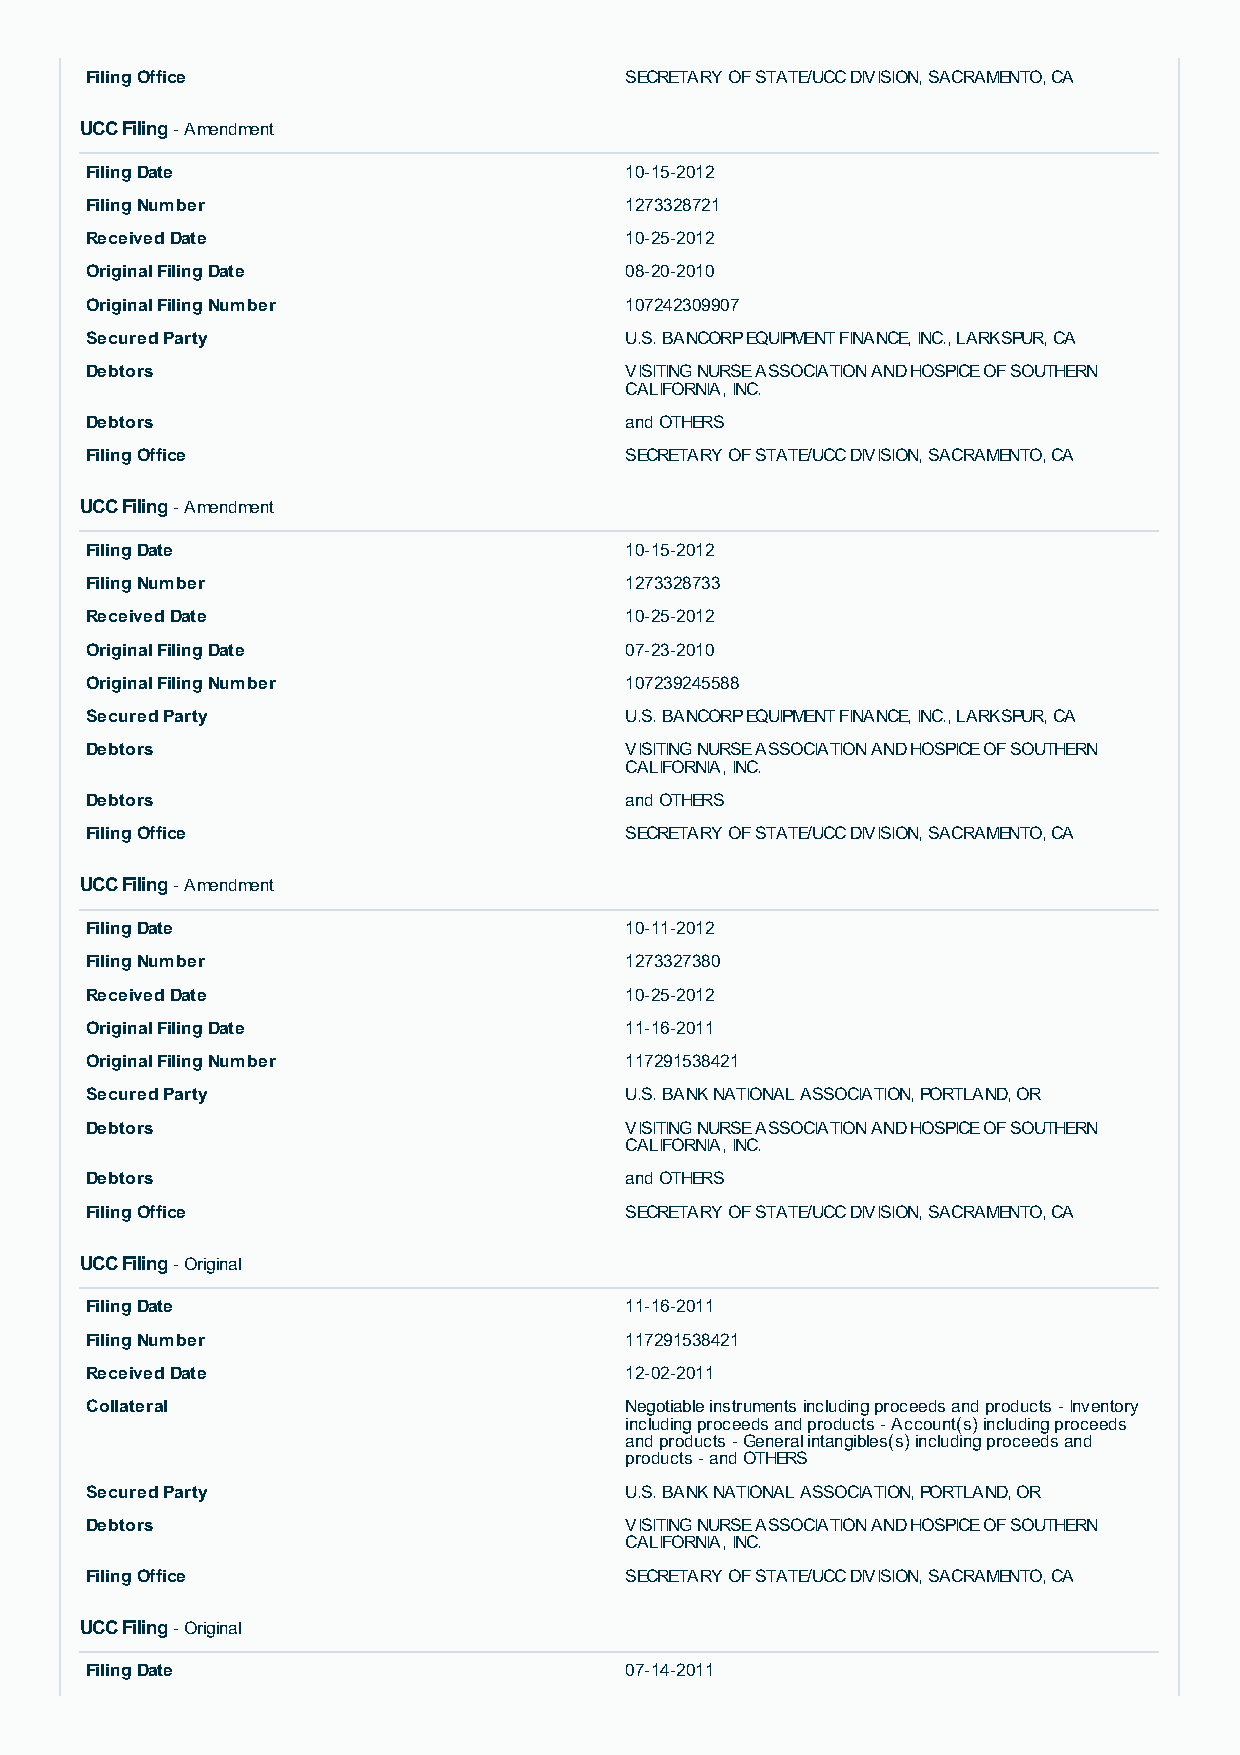
Filing Office                      SECRETARY OF STATE/UCC DIVISION, SACRAMENTO, CA
 UCC Filing - Amendment
 Filing Date                        10-15-2012
 Filing Number                      1273328721
 Received Date                      10-25-2012
 Original Filing Date               08-20-2010
 Original Filing Number             107242309907
 Secured Party                      U.S. BANCORP EQUIPMENT FINANCE, INC., LARKSPUR, CA
 Debtors                            VISITING NURSE ASSOCIATION AND HOSPICE OF SOUTHERN
 CALIFORNIA, INC.
 Debtors                            and OTHERS
 Filing Office                      SECRETARY OF STATE/UCC DIVISION, SACRAMENTO, CA
 UCC Filing - Amendment
 Filing Date                        10-15-2012
 Filing Number                      1273328733
 Received Date                      10-25-2012
 Original Filing Date               07-23-2010
 Original Filing Number             107239245588
 Secured Party                      U.S. BANCORP EQUIPMENT FINANCE, INC., LARKSPUR, CA
 Debtors                            VISITING NURSE ASSOCIATION AND HOSPICE OF SOUTHERN
 CALIFORNIA, INC.
 Debtors                            and OTHERS
 Filing Office                      SECRETARY OF STATE/UCC DIVISION, SACRAMENTO, CA
 UCC Filing - Amendment
 Filing Date                        10-11-2012
 Filing Number                      1273327380
 Received Date                      10-25-2012
 Original Filing Date               11-16-2011
 Original Filing Number             117291538421
 Secured Party                      U.S. BANK NATIONAL ASSOCIATION, PORTLAND, OR
 Debtors                            VISITING NURSE ASSOCIATION AND HOSPICE OF SOUTHERN
 CALIFORNIA, INC.
 Debtors                            and OTHERS
 Filing Office                      SECRETARY OF STATE/UCC DIVISION, SACRAMENTO, CA
 UCC Filing - Original
 Filing Date                        11-16-2011
 Filing Number                      117291538421
 Received Date                      12-02-2011
 Collateral                         Negotiable instruments including proceeds and products - Inventory
 including proceeds and products - Account(s) including proceeds
 and products - General intangibles(s) including proceeds and
 products - and OTHERS
 Secured Party                      U.S. BANK NATIONAL ASSOCIATION, PORTLAND, OR
 Debtors                            VISITING NURSE ASSOCIATION AND HOSPICE OF SOUTHERN
 CALIFORNIA, INC.
 Filing Office                      SECRETARY OF STATE/UCC DIVISION, SACRAMENTO, CA
 UCC Filing - Original
 Filing Date                        07-14-2011